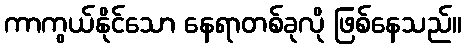
ကာကွယ်နိုင်သော နေရာတစ်ခုလို ဖြစ်နေသည်။